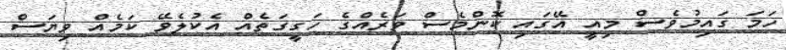
ހަމަ ގައިމުވެސް މިއީ އޭގައި ކޮންމެސް ވަރެއްގެ ހަގީގަތެއް އެކުލެވޭ ކަމެއް ވިޔަސް